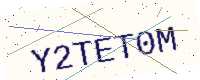
Text: Y2TET0M